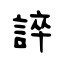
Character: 誶